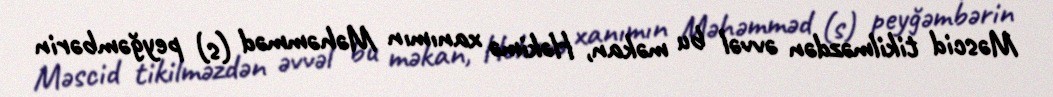
Məscid tikilməzdən əvvəl bu məkan, Həkimə xanımın Məhəmməd (s) peyğəmbərin